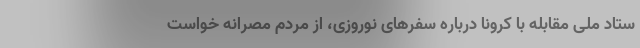
ستاد ملی مقابله با کرونا درباره سفرهای نوروزی، از مردم مصرانه خواست